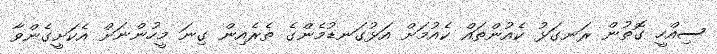
ސިއްހީ ގޮތުން ރަނގަޅު ކެއުންތައް ކެއުމަށް އަޅުގަނޑުމެންގެ ތެރެއިން ގިނަ މީހުންނަށް އެކަށީގެންވާ